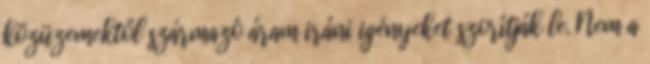
közüzemektől származó áram iráni igényeket szorítják le. Nem a